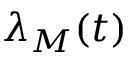
\lambda _ { M } ( t )